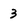
Character: 3